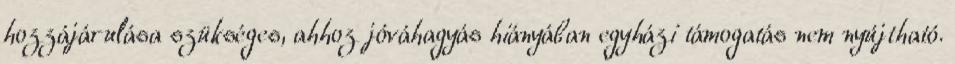
hozzájárulása szükséges, ahhoz jóváhagyás hiányában egyházi támogatás nem nyújtható.